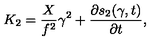
K _ { 2 } = \frac { X } { f ^ { 2 } } \gamma ^ { 2 } + \frac { \partial s _ { 2 } ( \gamma , t ) } { \partial t } ,